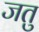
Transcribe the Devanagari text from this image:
जतु